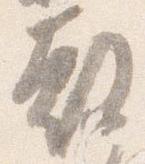
教